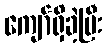
ကျော်ရှိခဲ့ပြီး